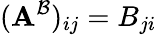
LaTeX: (\mathbf{A}^{\mathcal{{B}}})_{ij}=B_{ji}